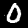
Label: 0